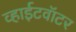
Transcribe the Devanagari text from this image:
व्हाईटवॉटर